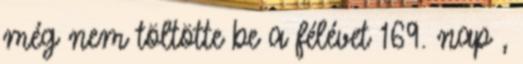
még nem töltötte be a félévet 169. nap ,